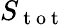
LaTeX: S_{\mathrm{~t~o~t~}}